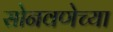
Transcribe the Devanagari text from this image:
सोनवणेच्या